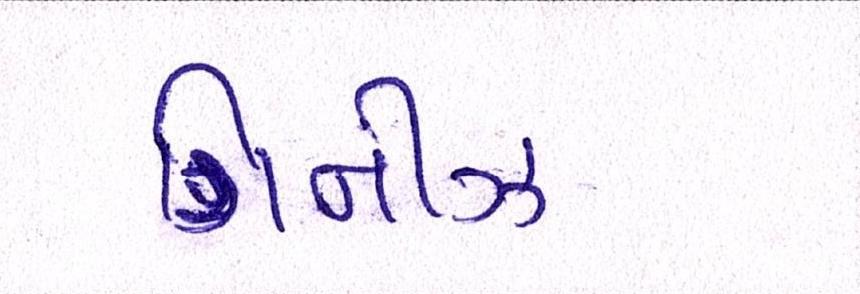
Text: ગિનીઝ